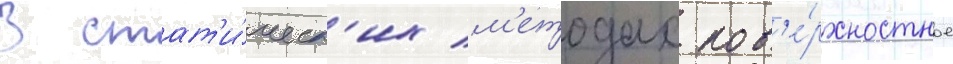
В стат'и́ческ'их м'етодах пов'е́рхностное